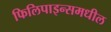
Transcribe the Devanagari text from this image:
फिलिपाइन्समधील